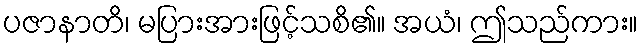
ပဇာနာတိ၊ မပြားအားဖြင့်သစိ၏။ အယံ၊ ဤသည်ကား။